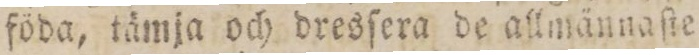
föda, tämja och dresſera de allmännaſte